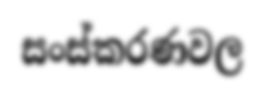
සංස්කරණවල